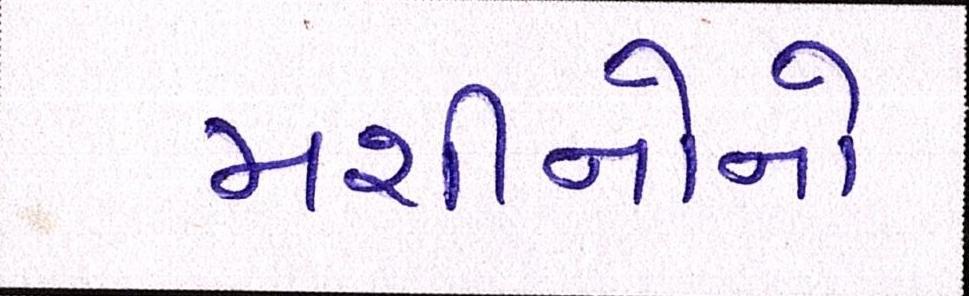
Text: મશીનોનો